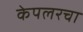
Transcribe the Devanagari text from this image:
केपलरचा